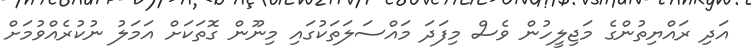
އަދި ރައްޔިތުންގެ މަޖިލީހުން ވެސް މިފަދަ މައްސަލަތަކުގައި މިނޫން ގޮތަކަށް އަމަލު ނުކުރެއްވުމަށް